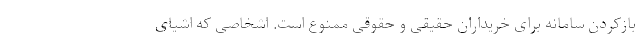
بازکردن سامانه برای خریداران حقیقی و حقوقی ممنوع است. اشخاصی که اشیای